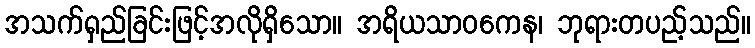
အသက်ရှည်ခြင်းဖြင့်အလိုရှိသော။ အရိယသာဝကေန၊ ဘုရားတပည့်သည်။